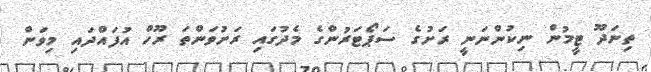
ތިނަދޫ ޓީމުން ނިކުންނަނީ ރަށުގެ ސަޕޯޓަރުންގެ މެދުގައި ރަށުވަންތަ ރޫހް އުފައްދައި މިވަން